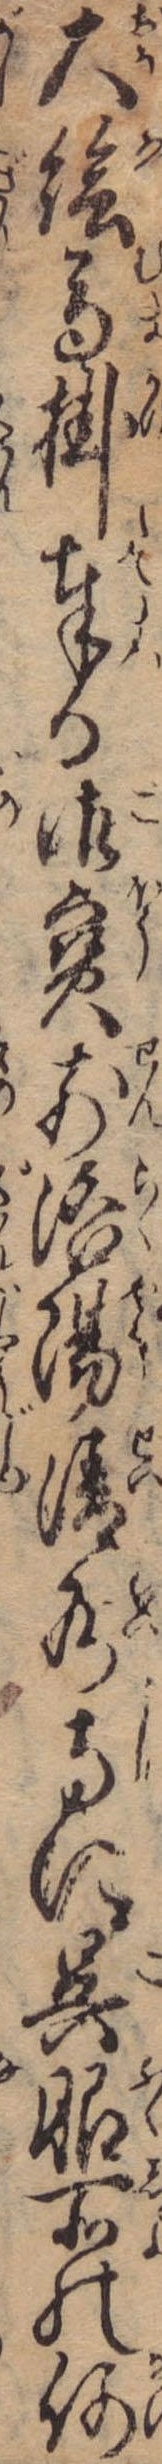
大絵馬掛奉る御宝前洛陽清水寺に呉服所の何